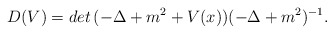
\begin{align*}D(V)=det\,(-\Delta+m^{2}+V(x))(-\Delta+m^{2})^{-1}.\end{align*}